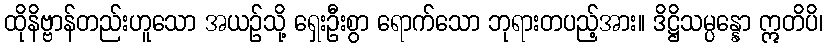
ထိုနိဗ္ဗာန်တည်းဟူသော အယဉ်သို့ ရှေးဦးစွာ ရောက်သော ဘုရားတပည့်အား။ ဒိဋ္ဌိသမ္ပန္နော ဣတိပိ၊